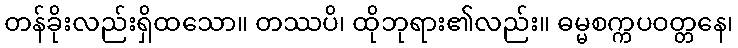
တန်ခိုးလည်းရှိထသော။ တဿပိ၊ ထိုဘုရား၏လည်း။ ဓမ္မစက္ကပဝတ္တနေ၊